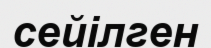
сейілген